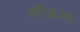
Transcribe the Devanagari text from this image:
ऑरेकल्स